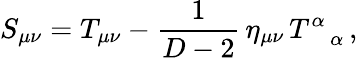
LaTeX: S_{\mu\nu}=T_{\mu\nu}-\frac{1}{D-2}\, \eta_{\mu\nu}\, T_{\; \; \; \alpha}^{\alpha}\, ,